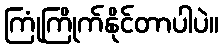
ကြုံကြိုက်နိုင်တာပါပဲ။